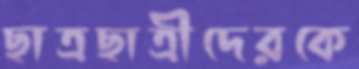
ছাত্রছাত্রীদেরকে